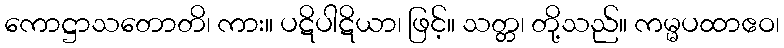
ကောဋ္ဌာသတောတိ၊ ကား။ ပဋိပါဋိယာ၊ ဖြင့်။ သတ္တ၊ တို့သည်။ ကမ္မပထာဧဝ၊